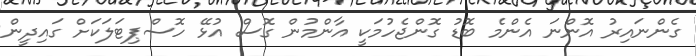
ގެންނައިރު އޮންނަ އެންމެ ބޮޑު ގޮންޖެހުމަކީ އާންމުން ގޮސް އުޅޭ ހޮސްޕިޓަލަކަށް ގައިދީން